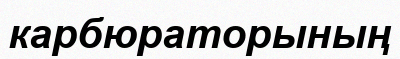
карбюраторының